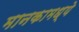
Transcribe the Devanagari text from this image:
मानकामध्ये